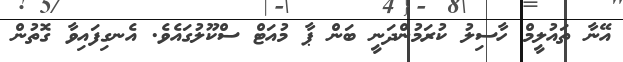
އޭނާ ތައުލީމް ހާސިލު ކުރަމުންދަނީ ބަން ޕާ މުއަޓް ސްކޫލުގައެވެ. އެނގިފައިވާ ގޮތުން